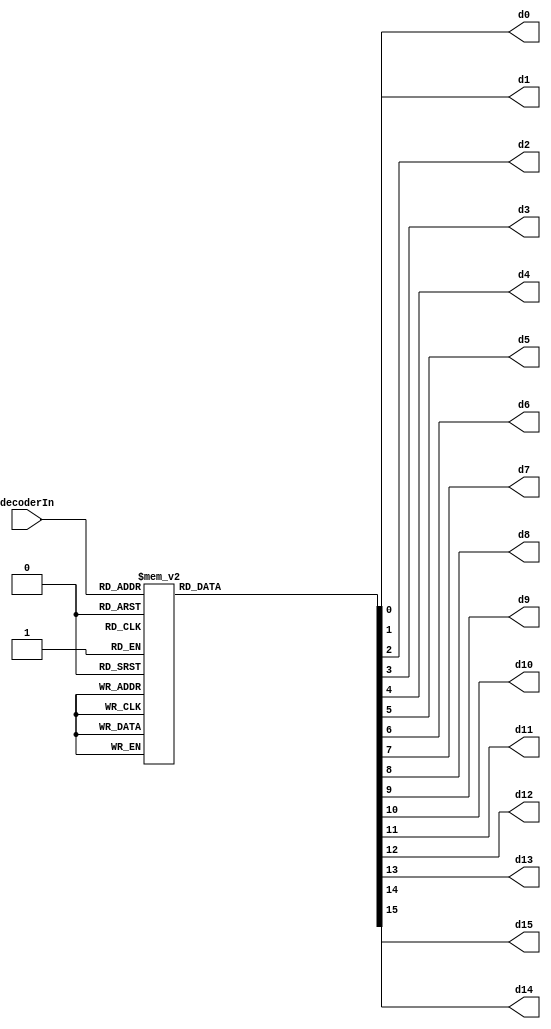
`timescale 1ns/10ps
module Decoder4to16(
	input [3:0] decoderIn,
	output reg d0, d1, d2, d3, d4, d5, d6, d7, d8, d9, d10, d11, d12, d13, d14, d15);
	
	always @(decoderIn) begin
		case(decoderIn)
			4'b0000: begin 
				d0=1; d1=0; d2=0; d3=0; d4=0; d5=0; d6=0; d7=0; d8=0; d9=0; d10=0; d11=0; d12=0; d13=0; d14=0; d15=0; end

			4'b0001: begin 
				d0=0; d1=1; d2=0; d3=0; d4=0; d5=0; d6=0; d7=0; d8=0; d9=0; d10=0; d11=0; d12=0; d13=0; d14=0; d15=0; end
				
			4'b0010: begin d2=1; 
				d0=0; d1=0; d3=0; d4=0; d5=0; d6=0; d7=0; d8=0; d9=0; d10=0; d11=0; d12=0; d13=0; d14=0; d15=0; end
				
			4'b0011: begin d3=1; 
				d0=0; d1=0; d2=0; d4=0; d5=0; d6=0; d7=0; d8=0; d9=0; d10=0; d11=0; d12=0; d13=0; d14=0; d15=0; end
				
			4'b0100: begin d4=1; 
				d0=0; d1=0; d2=0; d3=0; d5=0; d6=0; d7=0; d8=0; d9=0; d10=0; d11=0; d12=0; d13=0; d14=0; d15=0; end
				
			4'b0101: begin d5=1; 
				d0=0; d1=0; d2=0; d3=0; d4=0;d6=0; d7=0; d8=0; d9=0; d10=0; d11=0; d12=0; d13=0; d14=0; d15=0; end
				
			4'b0110: begin d6=1; 
				d0=0; d1=0; d2=0; d3=0; d4=0; d5=0; d7=0; d8=0; d9=0; d10=0; d11=0; d12=0; d13=0; d14=0; d15=0; end
				
			4'b0111: begin d7=1; 
				d0=0; d1=0; d2=0; d3=0; d4=0; d5=0; d6=0;d8=0; d9=0; d10=0; d11=0; d12=0; d13=0; d14=0; d15=0; end
				
			4'b1000: begin d8=1; 
				d0=0; d1=0; d2=0; d3=0; d4=0; d5=0; d6=0; d7=0; d9=0; d10=0; d11=0; d12=0; d13=0; d14=0; d15=0; end
				
			4'b1001: begin d9=1; 
				d0=0; d1=0; d2=0; d3=0; d4=0; d5=0; d6=0; d7=0; d8=0; d10=0; d11=0; d12=0; d13=0; d14=0; d15=0; end
				
			4'b1010: begin d10=1; 
				d0=0; d1=0; d2=0; d3=0; d4=0; d5=0; d6=0; d7=0; d8=0; d9=0; d11=0; d12=0; d13=0; d14=0; d15=0; end
				
			4'b1011: begin d11=1; 
				d0=0; d1=0; d2=0; d3=0; d4=0; d5=0; d6=0; d7=0; d8=0; d9=0; d10=0; d12=0; d13=0; d14=0; d15=0; end
				
			4'b1100: begin d12=1; 
				d0=0; d1=0; d2=0; d3=0; d4=0; d5=0; d6=0; d7=0; d8=0; d9=0; d10=0; d11=0; d13=0; d14=0; d15=0; end
				
			4'b1101: begin d13=1; 
				d0=0; d1=0; d2=0; d3=0; d4=0; d5=0; d6=0; d7=0; d8=0; d9=0; d10=0; d11=0; d12=0; d14=0; d15=0; end
				
			4'b1110: begin d14=1; 
				d0=0; d1=0; d2=0; d3=0; d4=0; d5=0; d6=0; d7=0; d8=0; d9=0; d10=0; d11=0; d12=0; d13=0; d15=0; end
				
			4'b1111: begin d15=1; 
				d0=0; d1=0; d2=0; d3=0; d4=0; d5=0; d6=0; d7=0; d8=0; d9=0; d10=0; d11=0; d12=0; d13=0; d14=0; end
				
		endcase
	end
		
endmodule